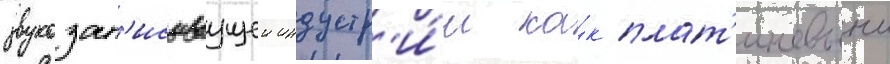
звукозап'исываущеи индустр'и́и ка́к плат'иновыи